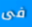
فى